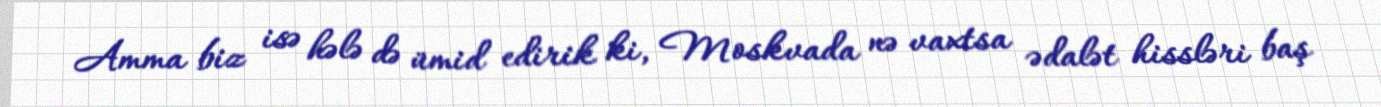
Amma biz isə hələ də ümid edirik ki, Moskvada nə vaxtsa ədalət hissləri baş